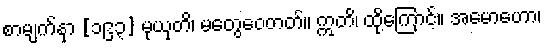
စာမျက်နှာ [၁၉၃] မုယှတိ၊ မတွေဝေတတ်။ ဣတိ၊ ထို့ကြောင့်။ အမောဟော၊